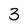
Character: 3